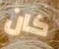
كان